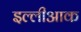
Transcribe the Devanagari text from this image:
इल्लीआक